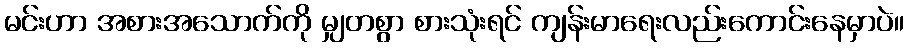
မင်းဟာ အစားအသောက်ကို မျှတစွာ စားသုံးရင် ကျန်းမာရေးလည်းကောင်းနေမှာပဲ။